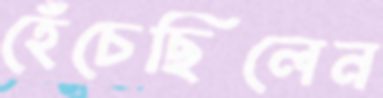
হেঁচেছিলেন